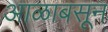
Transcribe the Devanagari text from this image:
आळाबसून